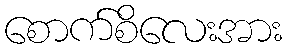
စောက်စိလေးအား